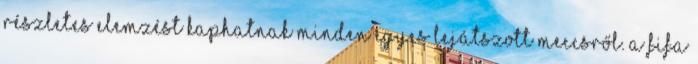
részletes elemzést kaphatnak minden egyes lejátszott meccsről. A FIFA